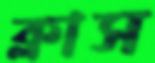
ক্লাস